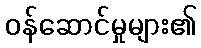
ဝန်ဆောင်မှုများ၏